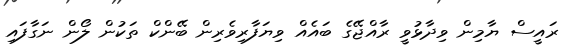
ރައީސް ޔާމިން ވިދާޅުވީ ރާއްޖޭގެ ބައެއް ވިޔަފާރިވެރިން ބޭންކް ތަކުން ލޯން ނަގާފައި